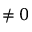
\neq 0